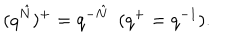
LaTeX: ( q ^ { \hat { N } } ) ^ { + } = q ^ { - \hat { N } } \ \ ( q ^ { + } = q ^ { - 1 } ) .